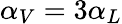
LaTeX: \alpha_{V}=3\alpha_{L}